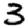
Digit: 3